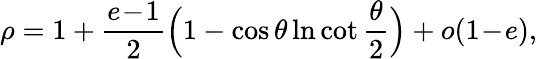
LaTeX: \rho=1+\frac{e\! -\! 1}{2}\Big(1-\cos\theta\ln\cot\frac\theta 2\Big)+o(1\! -\! e),